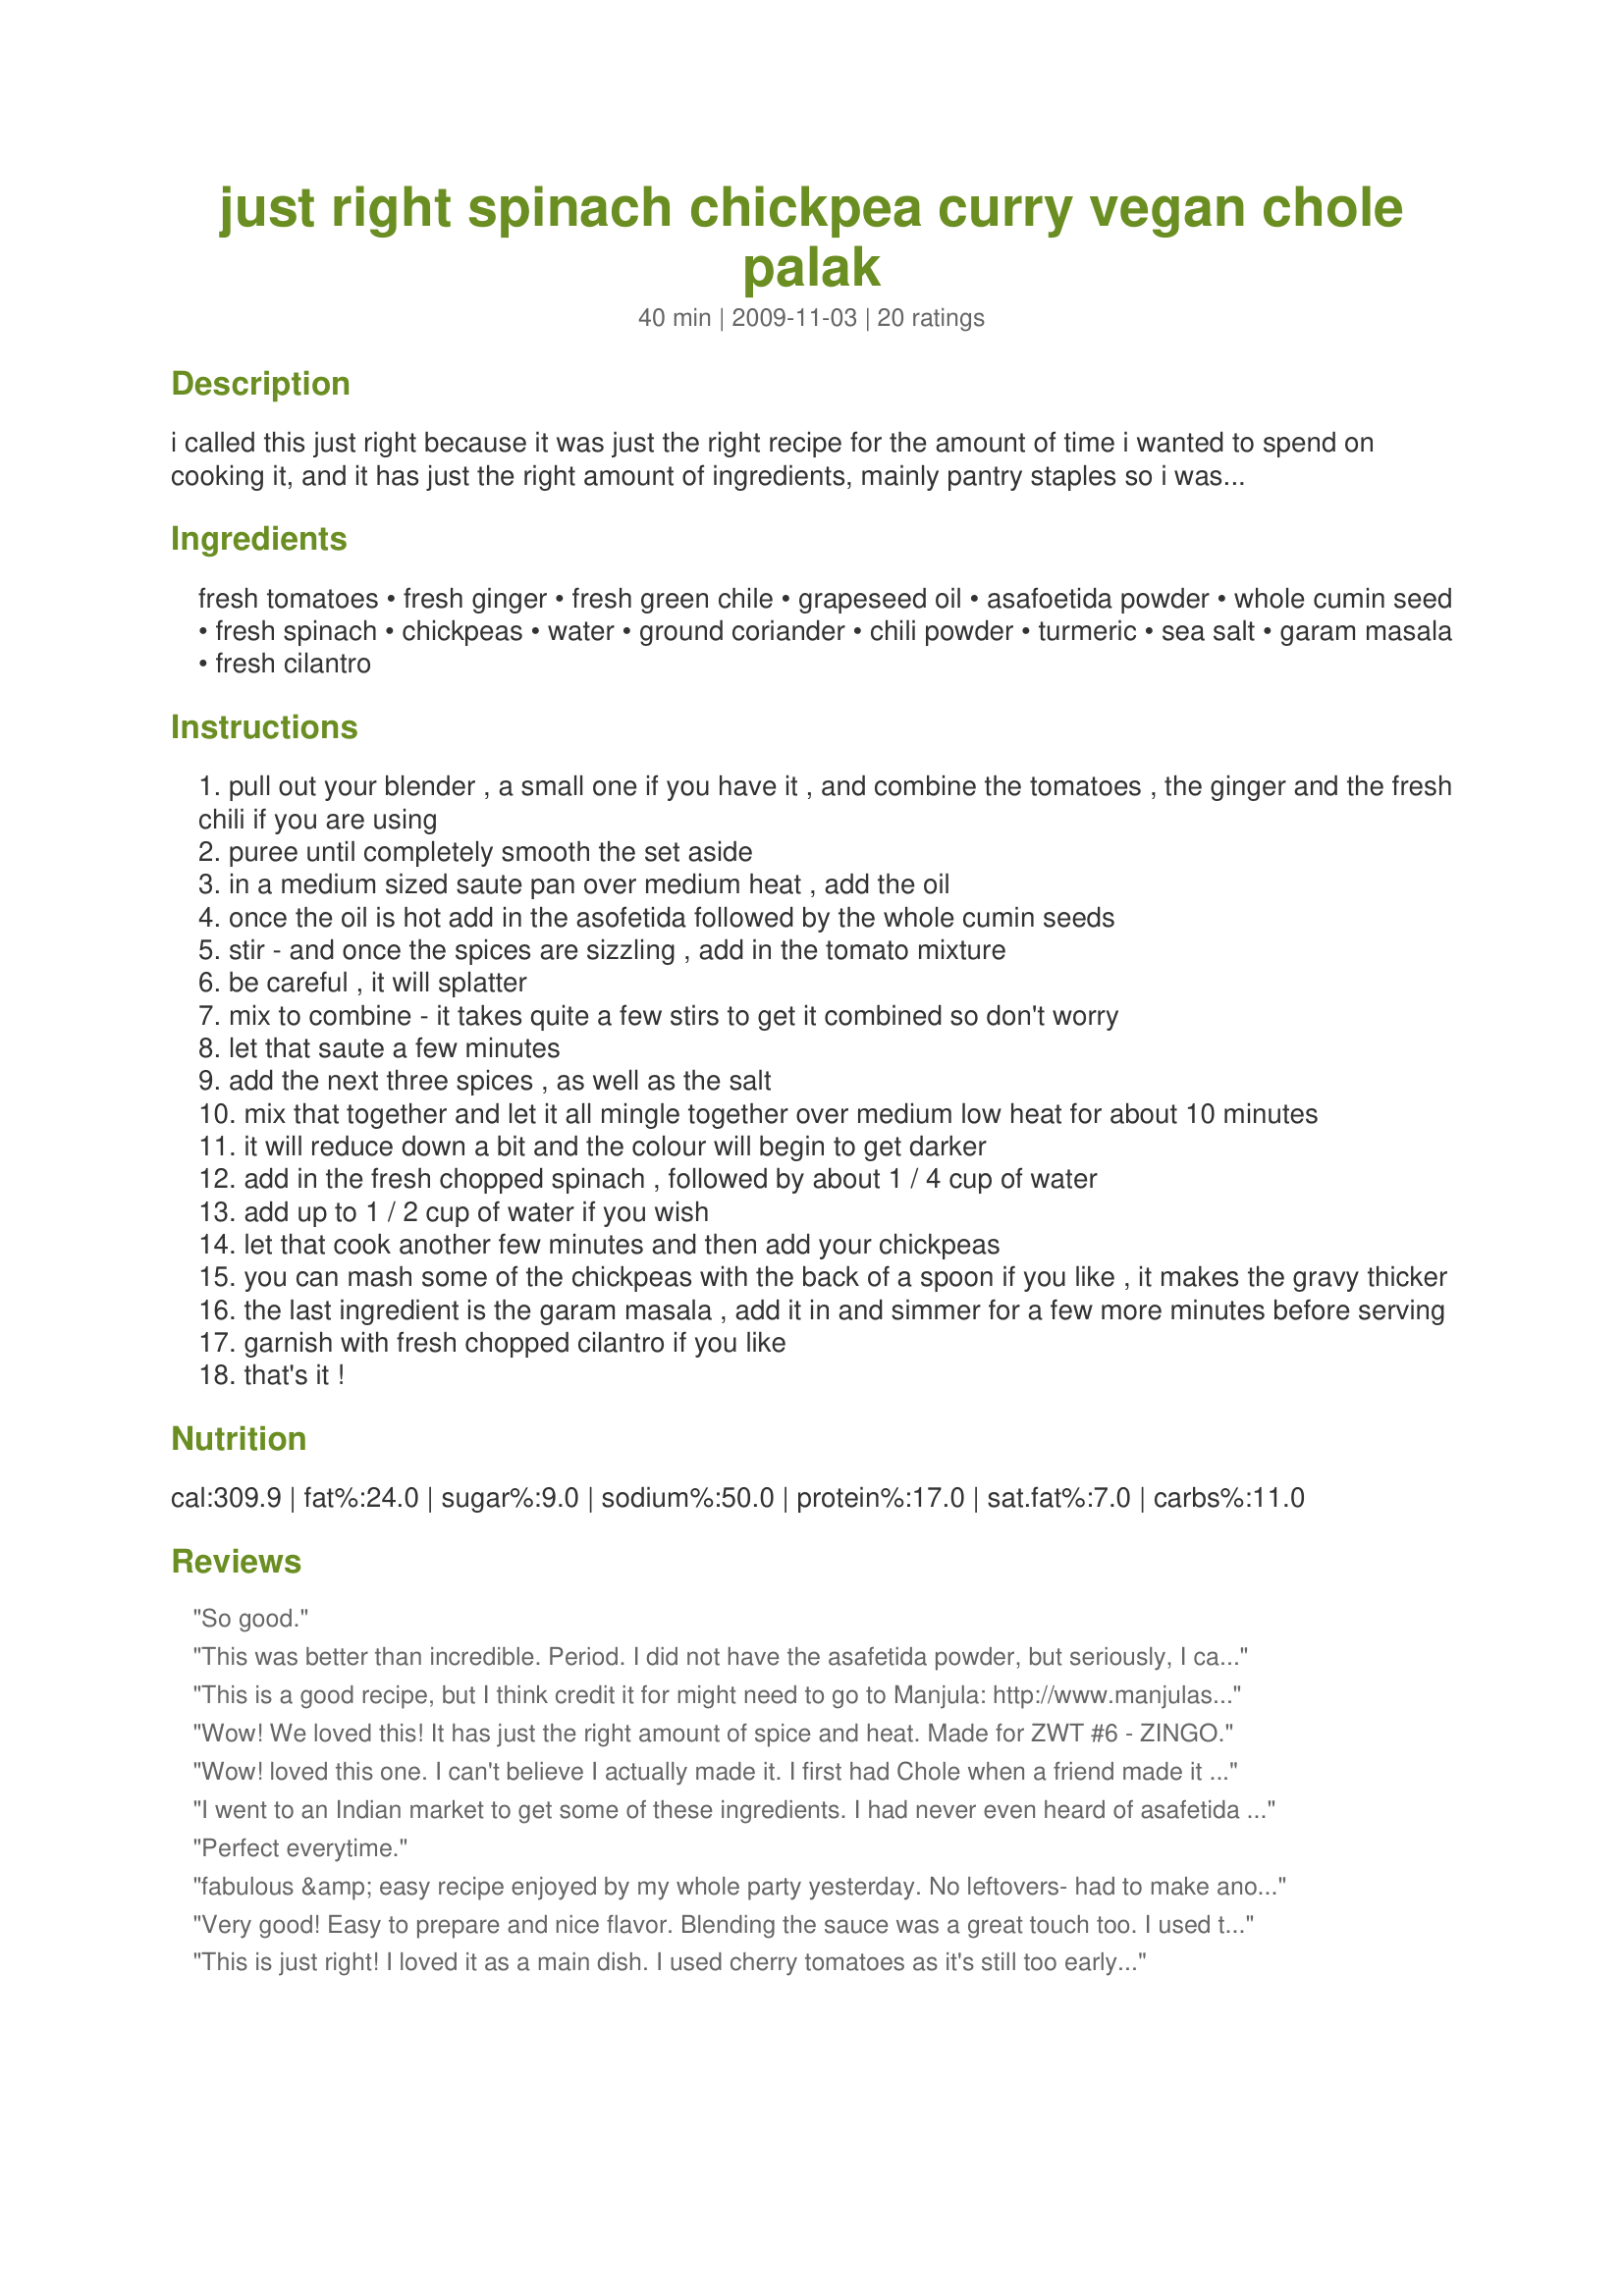
just right spinach chickpea curry vegan chole palak
Preparation time: 40 minutes

i called this just right because it was just the right recipe for the amount of time i wanted to spend on cooking it, and it has just the right amount of ingredients, mainly pantry staples so i wasn't scrounging around for substitutes. i found this on www.manjulaskitchen.com ... she has some fabulous recipes, very easy to follow. i made her parathas as well, best ever for me. hope you enjoy!

Ingredients:
fresh tomatoes, fresh ginger, fresh green chile, grapeseed oil, asafoetida powder, whole cumin seed, fresh spinach, chickpeas, water, ground coriander, chili powder, turmeric, sea salt, garam masala, fresh cilantro

Steps:
pull out your blender , a small one if you have it , and combine the tomatoes , the ginger and the fresh chili if you are using
puree until completely smooth the set aside
in a medium sized saute pan over medium heat , add the oil
once the oil is hot add in the asofetida followed by the whole cumin seeds
stir - and once the spices are sizzling , add in the tomato mixture
be careful , it will splatter
mix to combine - it takes quite a few stirs to get it combined so don't worry
let that saute a few minutes
add the next three spices , as well as the salt
mix that together and let it all mingle together over medium low heat for about 10 minutes
it will reduce down a bit and the colour will begin to get darker
add in the fresh chopped spinach , followed by about 1 / 4 cup of water
add up to 1 / 2 cup of water if you wish
let that cook another few minutes and then add your chickpeas
you can mash some of the chickpeas with the back of a spoon if you like , it makes the gravy thicker
the last ingredient is the garam masala , add it in and simmer for a few more minutes before serving
garnish with fresh chopped cilantro if you like
that's it !

Reviews:
So good.
This was better than incredible. Period. I did not have the asafetida powder, but seriously, I cannot imagine how the dish could taste any better. Served with baked sweet potatoes (butter and cinnamon sugar) and the flavors all went together nicely. Thank you, magpie diner, for a great recipe ... and a lovely dinner!!
This is a good recipe, but I think credit it for might need to go to Manjula: http://www.manjulaskitchen.com/2009/07/07/chole-palak-chickpeas-with-spinach/
Wow! We loved this! It has just the right amount of spice and heat. Made for ZWT #6 - ZINGO.
Wow! loved this one. I can't believe I actually made it. I first had Chole when a friend made it for me for lunch. I never could have imagined it could be so easy to make. I followed Muffin Goddess and used Recipe #424976. Thank you fo sharing your recipe magpie. Made for Zingo ZWT 6 by an Unruly Under the INfluence.
I went to an Indian market to get some of these ingredients. I had never even heard of asafetida powder! This was a fun recipe to make. I halved the ingredients since I was making it for one person. The flavors worked really well together. Made for ZWT8 India
Perfect everytime.
fabulous &amp; easy recipe enjoyed by my whole party yesterday. No leftovers- had to make another batch today, it was just that good.
Very good! Easy to prepare and nice flavor. Blending the sauce was a great touch too. I used the optional green chile and cilantro garnish. Thanks for sharing! ZWT6
This is just right! I loved it as a main dish. I used cherry tomatoes as it's still too early here for good tomatoes and used canned green chilis. I did the tomato/chili/ginger mix in the food processor. I had lovely fresh farmers' market spinach and chick peas I had just made in the crockpot. I loved this and will make it again--and have fun with variations. Thanks, Diner!
This really is 'Just Right'! I made exactly as written using baby spinach and 1/2 cup of water. The balance of flavours is perfect. Don't change a thing. This will appear often on our table -- I always have the ingredients on hand. Oh, and it served two for lunch. Yum, yum, yum!
Good and I think it tastes very authentic from what I have tasted in restaurants but without all the oil and a bit fresher! I know it called for fresh tomatoes but my fresh ones were not ripe enough so I used good canned plum tomatoes which was fine. I did not add the fresh green chile as we don't like very hot, neither did I add asafetida powder, I had to use cumin powder as I am out of the seeds, I used baby spinach which I still chopped, fresh ground coriander, recipe#279714, plus the rest. I think 1 tsp sea salt may be too much for some. Served with recipe#228805 & recipe#433931 which went pretty well together. Made for Veggie Swap 31 ~ February 2011.
This is lovely, magpie! I used Chef Kate's recipe for crock pot chickpeas (you all MUST try this!) and subbed in a big pile of kale for the spinach. It was definitely more than called for, but I admit I didn't measure. This required a bit of extra cook time and water to get the kale cooked down. I also used garam masala. Thanks for posting--this was a hit with the whole family, including the curry-loving 9 month old ;). Made for Veg Swap 35.
Really tasty a squeeze of lemon goes down a treat. Definitely will be making this again.
Wonderful flavor and uses two of my favorite foods - I used homemade chickpeas and spinach mixed with a bit of home grown kale. This will go into the regular cookbook and be a great addition to the weekday rotation. Made for Zingo by a Looney Spoon. ZWT6
Easy, complex taste. I made it when my BF was away because he does not like spicy. Very healthful, and I used spices in my collection that I very rarely use (asafetida, garam masala). Included some jalepeno, omitted the cilantro but of course included the coriander. I only needed 1/4 cup water. Made for Zingo Zaar World Tour VI.
Yum, so much flavor! Pretty spicy, but I'm chalking that up to a combination of my serrano chile being particularly hot, and the fact that I used ground chipotle powder for the chile powder (not quite authentic, but I love chipotle). I left out the asafoetida powder (didn't have any), and I used Recipe#424976. I'm pretty sure I added extra spinach to this, because I didn't actually measure it out. I had a really enormous bag of it, so I just tossed in about 4 big handfuls. Very good, thanks for posting :)! Made for The Queens of Quisine for ZWT6 Zingo
A delightful recipe! Glad to put my asofetida powder to use too - it doesn&#039;t get out as much as it would like to! The tomato mixture reduced very quickly indeed (maybe my tomatoes were on the small side so I didn&#039;t have that much to begin with?) so I covered the mixture so it wouldn&#039;t dry out completely as I still wanted to give it time to mingle. Thank you for sharing, will surely get made again!
OH, yummy, mags! I love spinach and I love chickpeas and I'm beginning to love curry because of some of the recipes this tour. I didn't and couldn't get any asafetida powder, so used a little onion and garlic powder, after reading about it. That was the only change I made. Thnx, so much, for sharing this recipe. Made for a fellow Voracious Vagabond of ZWT 6.
We loved this recipe! It had great flavor and was easy to make. I did not have the asafetida powder or grapeseed oil and since these ingredients were optional; hopefully, it did not negatively affect the taste of the dish. We served the dish with rice and some Naan bread. Thanks for the post. Made for PAC, 2011.
